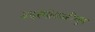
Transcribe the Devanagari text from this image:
उदरपोकळीतून